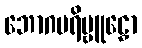
ဘောဂပရိဗ္ဗူဠှော